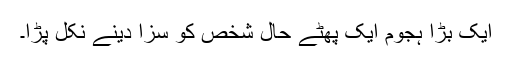
ایک بڑا ہجوم ایک پھٹے حال شخص کو سزا دینے نکل پڑا۔